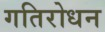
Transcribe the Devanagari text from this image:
गतिरोधन